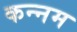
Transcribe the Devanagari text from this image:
कन्नम